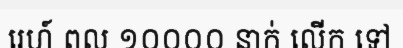
រេហ៍ ពល ១០០០០ នាក់ លើក ទៅ